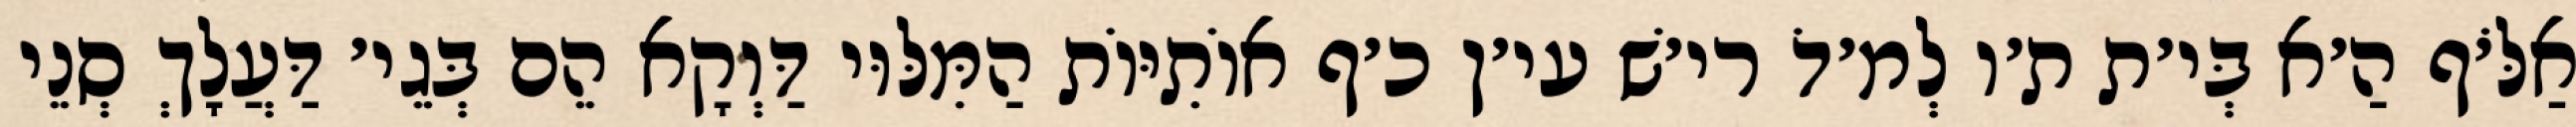
אַלֹּ׳ף הַ׳א בְּי׳ת ת׳ו לְמ׳דֹ רי׳שׁ עי׳ן כ׳ף אוֹתִיּוֹת הַמִּלּוּי דַּוְקָא הֵם בְּגֵי׳ דַּעֲלָךְ סְנֵי